Scottish Leaving Certificate Examination, 1957
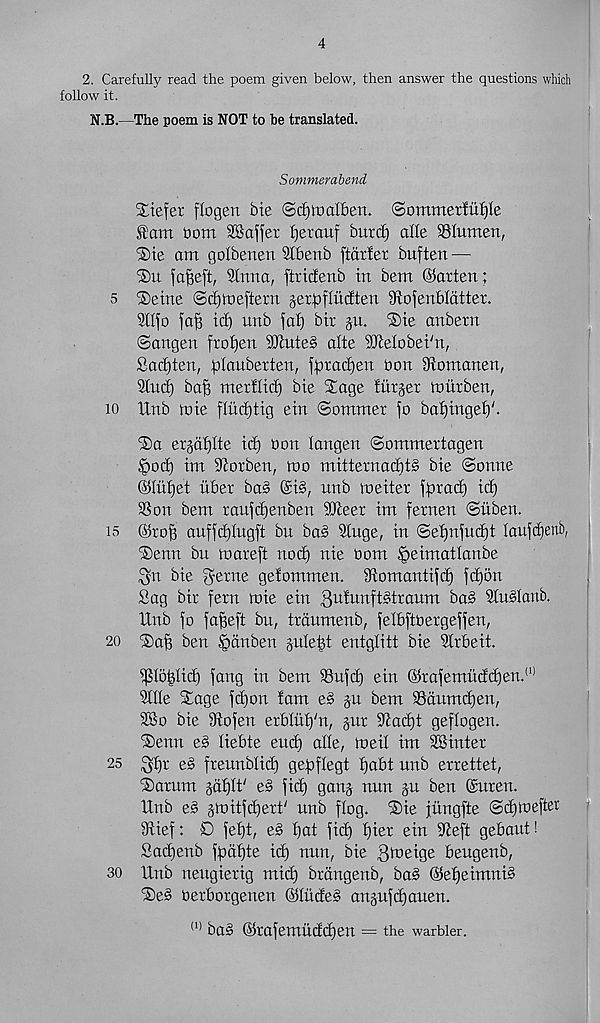
4
2. Carefully read the poem given below, then answer the questions which
follow it.
N.B.—The poem is NOT to be translated.
Sommembend
Xtefet flogen Me
albert. Somrnetfitfjle
®am bom Laffer tjerauf burd) alle SSIumen,
®ie am golberten Stbenb ftdrfer buften —-
'Su fa|ieft, 2lmra, ftridenb in bent ©arten;
5 ®etne ©djmeftern jetpflitcften iRofenbldtter.
Sllfo |a§ id) nnb faf) bir ju. ®ie anbern
©angen frotjen SKuteS alte flMobei'n,
Sad)ten, plauberten, |pxad)en bon gtomanen,
9tud) bap metflid) bie Sage tittjer tourben,
10 tXnb toie flircptig ein ©ommer |o bapingef)'.
®a erjdfjtte itp oon langen ©ommertagen
§o(p im iJiorben, mo mitternad)t§ bie ©ontte
©liifiet itber ba§ @i§, unb meiter fprad) itp
95on bem mu|d)enben dfteer im fernen ©itben.
is ©top au||d)Iug|t bn ba§ Stuge, in ©epnfudd Iau|d)ettb,
iSenn bn mareft nod) nie Oom ^eimatlanbe
$n bie genre getommen. Momantifd) fd)5n
Sag bit fern mie ein 3 u^u nft^traum ba§ SfnSfanb.
IXnb fo fapeft bn, trdumenb, felbftoexgeffen,
20 ®ap ben §ctnben jutept entglitt bie 5lxbeit.
.
ipioptid) fang in bem 93ufd) ein ©xafemudcpen. 11 ’
Stile Xage fd)on tarn e§ ju bem 93drtmd)etr,
9So bie 9tofen exbtup'n, jux Staipt geflogen.
iSenn e§ liebte end) alle, meil im SSintex
25 gpr e§ fxeunblid) gepflegt pabt unb exxettet,
iSaxurn gdplt' e§ fid) ganj nun ju ben (Suren.
Unb e3 jmitfipext 7 unb flog. ®ie jungfte ©djmefter
Stief: D fept, eg pat fid) pier ein ifteft gebaut!
Sacpenb fpctpte icp nun, bie Bmeige beugenb,
so Unb neugiexig mid) brdngenb, bag ©epeimnig
iSeg Oexboxgenen ©Itideg anjufdjauen.
(1) bag ©Xafemudcpen = the warbler.